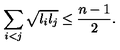
\sum _ { i < j } \sqrt { l _ { i } l _ { j } } \leq \frac { n - 1 } { 2 } .